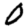
Digit: 0